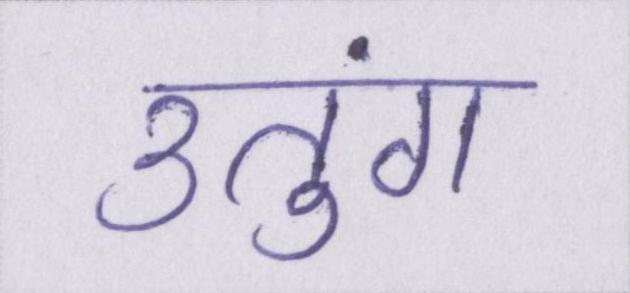
उतुंग